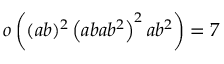
o \left( ( a b ) ^ { 2 } \left( a b a b ^ { 2 } \right) ^ { 2 } a b ^ { 2 } \right) = 7